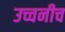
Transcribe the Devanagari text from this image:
उच्चनीच